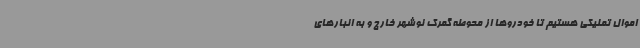
اموال تملیکی هستیم تا خودروها از محوطه گمرک نوشهر خارج و به انبارهای